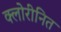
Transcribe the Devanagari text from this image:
क्लोरीनित